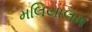
મલિયાલમ